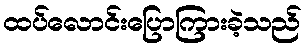
ထပ်လောင်းပြောကြားခဲ့သည်